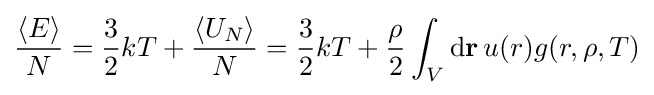
{\frac {\left\langle E\right\rangle }{N}}={\frac {3}{2}}kT+{\frac {\left\langle U_{N}\right\rangle }{N}}={\frac {3}{2}}kT+{\frac {\rho }{2}}\int _{V}\mathrm {d} \mathbf {r} \,u(r)g(r,\rho ,T)